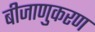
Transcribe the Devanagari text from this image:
बीजाणुकरण